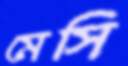
মেসি